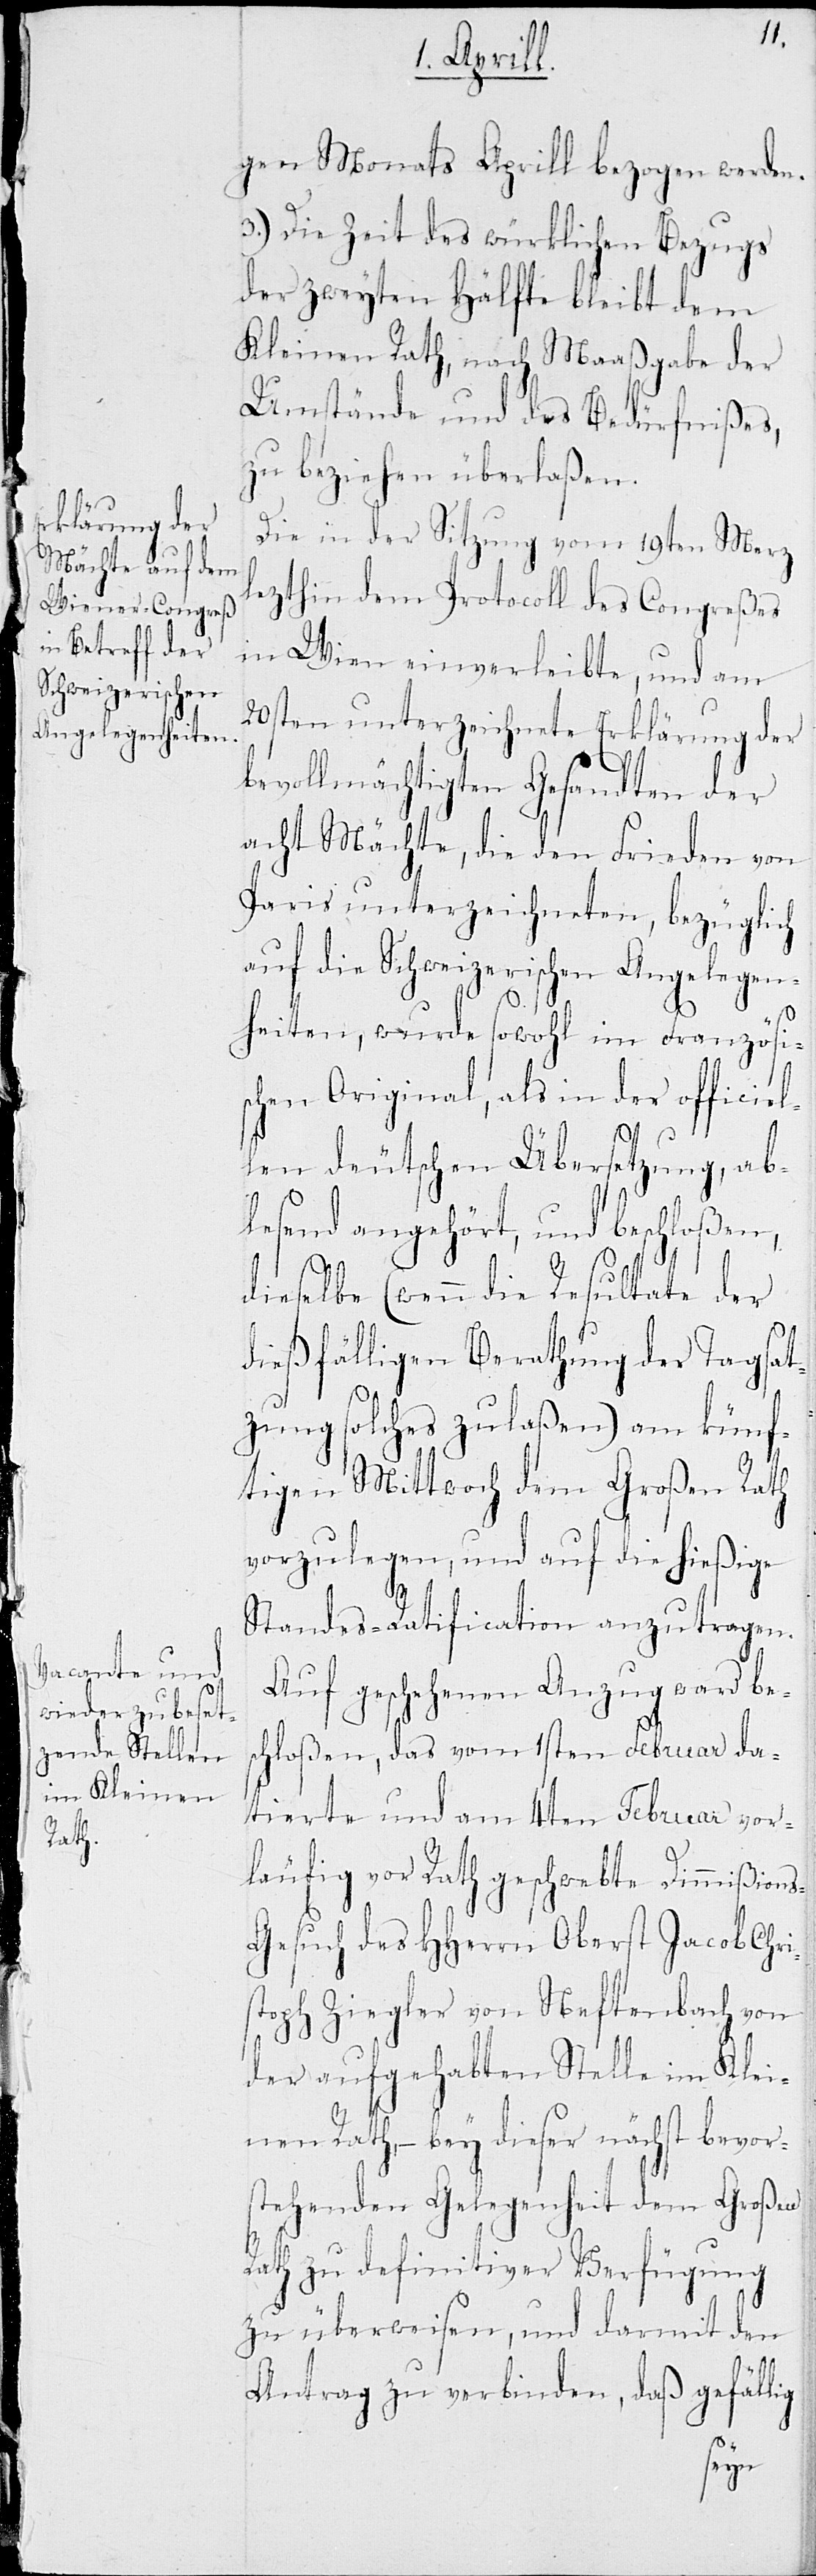
gen Monats Aprill bezogen werden.
3.) Die Zeit des würklichen Bezugs
der zweiten Hälfte bleibt dem
Kleinen Rath, nach Maasgabe der
Umstände und des Bedürfnißes,
zu beziehen überlaßen.
Die in der Sitzung vom 19ten Merz
lezthin dem Protocoll des Congreßes
in Wien einverleibte, und am
20sten unterzeichnete Erklärung der
bevollmächtigten Gesandten der
acht Mächte, die den Frieden von
Paris unterzeichneten, bezüglich
auf die Schweizerischen Angelegen¬
heiten, wurde sowohl im Französi¬
schen Original, als in der officiel¬
len deutschen Übersetzung, ab¬
lesend angehört, und beschloßen,
dieselbe (wenn die Resultate der
dießfälligen Berathung der Tagsat¬
zung solches zulaßen) am künf¬
tigen Mittwoch dem Großen Rath
vorzulegen, und auf die hießige
Standes-Ratification anzutragen.
Auf geschehenen Anzug ward bes¬
chloßen, das vom 1sten Februar da¬
tierte und das am 4ten Februar vor¬
läufig vor Rath geschwebte Dimmißion¬
s-Gesuch des HHerrn Oberst Jacob Chri¬
stoph Ziegler von Neftenbach von
der aufgehabten Stelle im Klei¬
nen Rath, – bey dieser nächst bevor¬
stehenden Gelegenheit dem Großen
Rath zu definitiver Verfügung
zu überweisen, und damit den
Antrag zu verbinden, daß gefällig